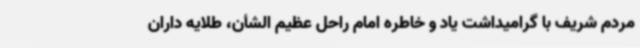
مردم شریف با گرامیداشت یاد و خاطره امام راحل عظیم الشأن، طلایه داران